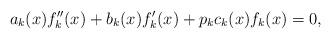
LaTeX: \begin{align*}a_k(x) f_k''(x) + b_k(x) f_k'(x) + p_k c_k(x) f_k(x) = 0,\end{align*}